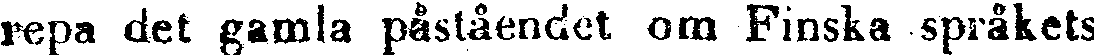
repa det gamla påståendet om Finska språkets